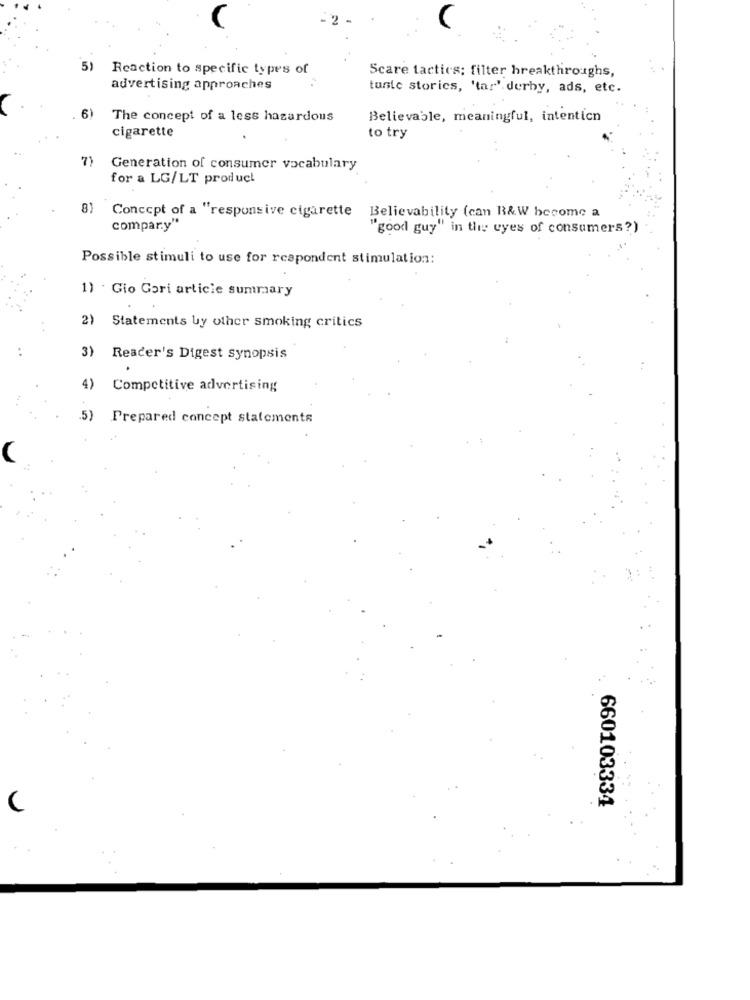
5)
Reaction to specific types of
Scare tactics; filter breakthroughs,
advertising approaches
tunte stories, 'tar' derby, ads, etc.
61
The concept of a less hazardous
Believable, meaningful, intenticn
cigarette
to try
73
Generation of consumer vocabulary
for a LG/LT product
81
Concept of a "responsive cigarette Believability (can B&W become a
compary"
'good guy" in the eyes of consumers?)
Possible stimuli to use for respondent stimulation:
1) . Gio Gori article summary
2)
. .
Statements by other smoking critics
..
3) Reader's Digest synopsis
4)
Competitive advertising
.5)
Prepared concept statements
660103334